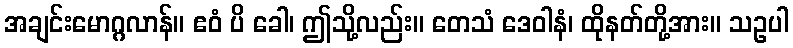
အချင်းမောဂ္ဂလာန်။ ဧဝံ ပိ ခေါ၊ ဤသို့လည်း။ တေသံ ဒေဝါနံ၊ ထိုနတ်တို့အား။ သဥပါ